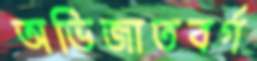
অভিজাতবর্গ